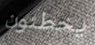
يخطئون